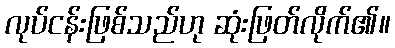
လုပ်ငန်းဖြစ်သည်ဟု ဆုံးဖြတ်လိုက်၏။